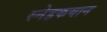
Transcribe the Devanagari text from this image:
स्नेहकयान